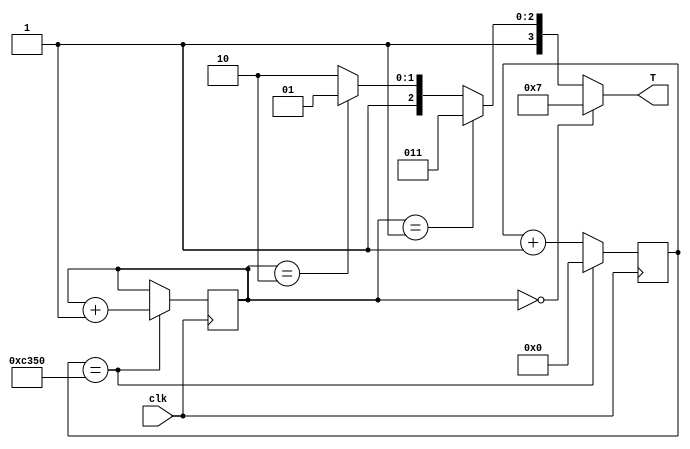
`timescale 1ns / 1ps
//////////////////////////////////////////////////////////////////////////////////
// Company: 
// Engineer: 
// 
// Design Name: 
// Module Name:    OneCold 
// Project Name: 
// Target Devices: 
// Tool versions: 
// Description: 
//
// Dependencies: 
//
// Revision: 
// Revision 0.01 - File Created
// Additional Comments: 
//
//////////////////////////////////////////////////////////////////////////////////
module OneCold(
	input clk,
	output [3:0]T
    );

reg [1:0]counter;
reg [25:0]delay;

always @(posedge clk)
	begin
		delay <= delay + 1;
		if(delay == 50_000)
			begin
				delay <= 0;
				counter <= counter + 1;
			end
	end
assign T = (counter == 2'b00) ? 4'b0111 :
			  (counter == 2'b01) ? 4'b1011 :
			  (counter == 2'b10) ? 4'b1101 :
										  4'b1110 ;
endmodule